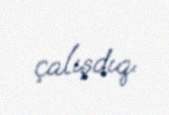
çalışdıq.